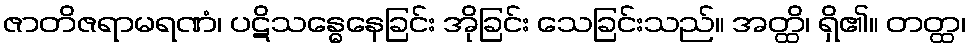
ဇာတိဇရာမရဏံ၊ ပဋိသန္ဓေနေခြင်း အိုခြင်း သေခြင်းသည်။ အတ္ထိ၊ ရှိ၏။ တတ္ထ၊